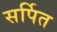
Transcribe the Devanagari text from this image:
सर्पित